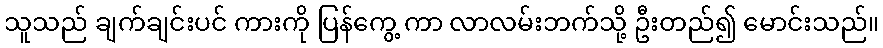
သူသည် ချက်ချင်းပင် ကားကို ပြန်ကွေ့ ကာ လာလမ်းဘက်သို့ ဦးတည်၍ မောင်းသည်။